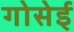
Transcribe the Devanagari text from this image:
गोसेई